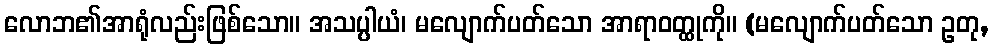
လောဘ၏အာရုံလည်းဖြစ်သော။ အသပ္ပါယံ၊ မလျောက်ပတ်သော အာရာဝတ္ထုကို။ (မလျောက်ပတ်သော ဥတု,